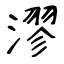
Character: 漻